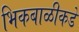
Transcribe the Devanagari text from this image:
भिकबाळीकडे